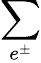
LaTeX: \sum_{e^{\pm}}